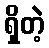
ရှိတဲ့